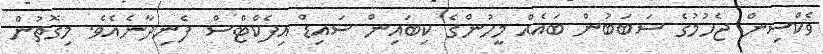
ވެކްސިން ޖެހުމުގެ ސަބަބުން ބައެއް މީހުންގެ ކިބައިން ސައިޑް އިފެކްޓްސް ފެނިދާނެއެވެ. މިގޮތުން